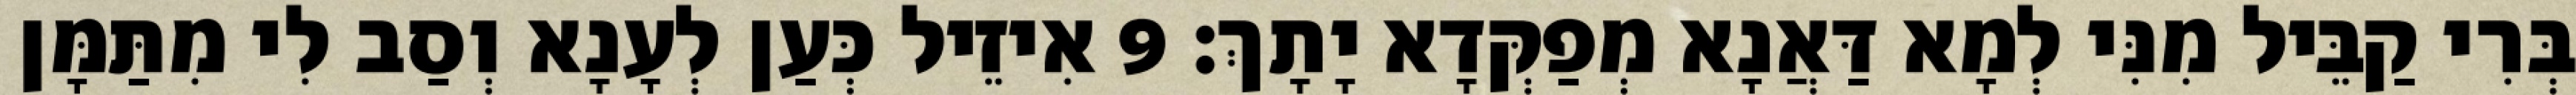
בְּרִי קַבֵּיל מִנִּי לְמָא דַּאֲנָא מְפַקְּדָא יָתָךְ׃ 9 אִיזֵיל כְּעַן לְעָנָא וְסַב לִי מִתַּמָּן